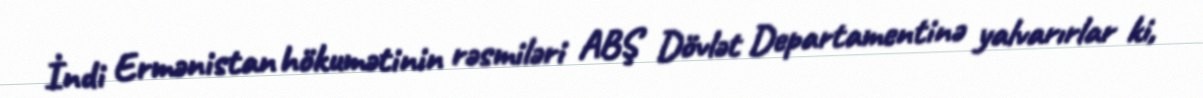
İndi Ermənistan hökumətinin rəsmiləri ABŞ Dövlət Departamentinə yalvarırlar ki,